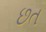
છત